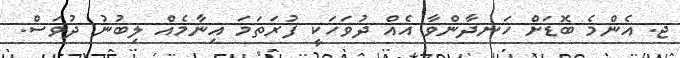
ޖ. އެންމެ ބޮޑަށް ހަނދާންވާ އެއް ދުވަހަކީ ފުރަތަމަ އިނާމެއް ލިބުނު ދުވަސް.